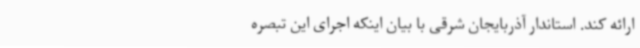
ارائه کند. استاندار آذربایجان شرقی با بیان اینکه اجرای این تبصره